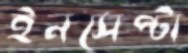
ইনসেপ্টা